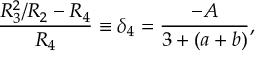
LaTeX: \hat { \Omega } _ { \mu } ^ { \dagger } = \Omega _ { \mu } - 2 i \partial _ { \mu } \phi ,